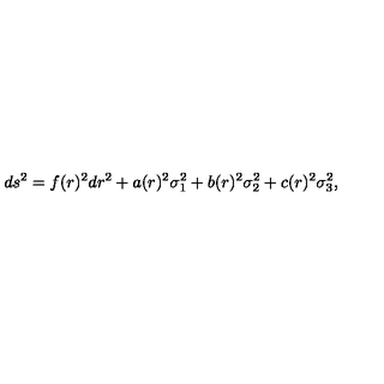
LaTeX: d s ^ { 2 } = f ( r ) ^ { 2 } d r ^ { 2 } + a ( r ) ^ { 2 } \sigma _ { 1 } ^ { 2 } + b ( r ) ^ { 2 } \sigma _ { 2 } ^ { 2 } + c ( r ) ^ { 2 } \sigma _ { 3 } ^ { 2 } ,